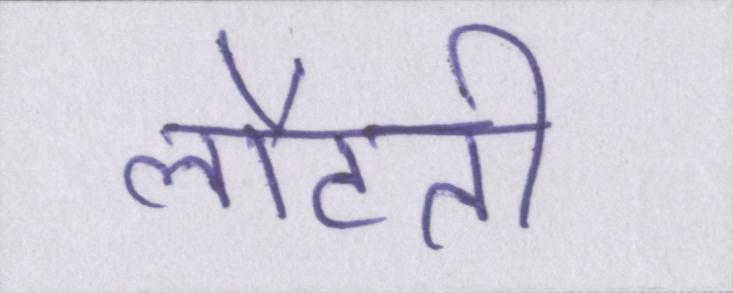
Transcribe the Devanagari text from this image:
लौटती